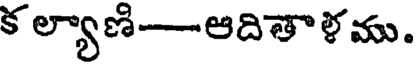
క ల్యాణి--ఆదితాళము.